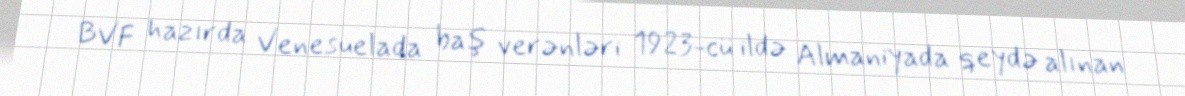
BVF hazırda Venesuelada baş verənləri 1923-cü ildə Almaniyada qeydə alınan